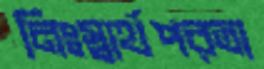
নিঃস্বার্থপরতা